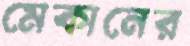
মেকানের